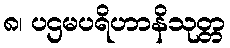
၈၊ ပဌမပရိဟာနိသုတ္တ